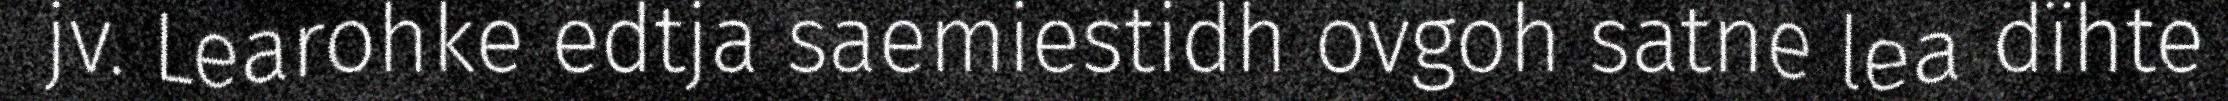
jv. Learohke edtja saemiestidh ovgoh satne lea dïhte